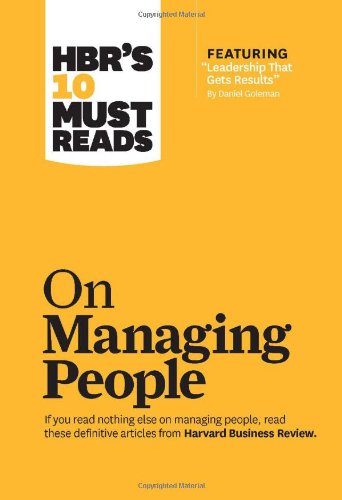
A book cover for HBR's 10 Must Reads on Managing People (with featured article EELeadership That Gets Results,EE by Daniel Goleman); Harvard Business Review; Business & Money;